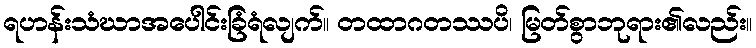
ရဟန်းသံဃာအပေါင်းခြံရံလျက်။ တထာဂတဿပိ၊ မြတ်စွာဘုရား၏လည်း။